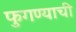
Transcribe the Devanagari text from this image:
फुगण्याची